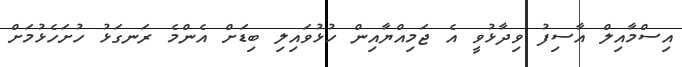
އިސްމާއިލް އާސިފު ވިދާޅުވީ އެ ޖަމިއްޔާއިން ހުޅުވައިލި ބިޑަށް އެންމެ ރަނގަޅު ހުށަހެޅުމަށް